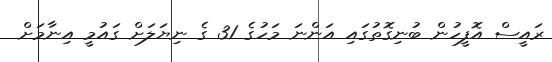
ރައީސް އޮފީހުން ބުނިގޮތުގައި އަންނަ މަހުގެ 31 ގެ ނިޔަލަށް ގައުމީ އިނާމަށް